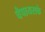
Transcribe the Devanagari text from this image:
चैपायसके